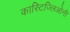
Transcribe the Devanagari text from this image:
कास्टिज्लिओनी